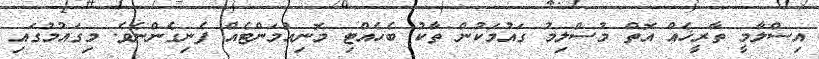
އިސްލާމީ ތާރީޚެއް އޮތް މުސްލިމު ގައުމަކުން ތާކު ބެހެއްޓި މޮނިއުމަންޓެއް ފެނިގެންނެވެ. މިގައުމުގައި